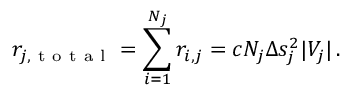
r _ { j , \mathrm { ~ t ~ o ~ t ~ a ~ l ~ } } = \sum _ { i = 1 } ^ { N _ { j } } r _ { i , j } = c N _ { j } \Delta s _ { j } ^ { 2 } | V _ { j } | \, .